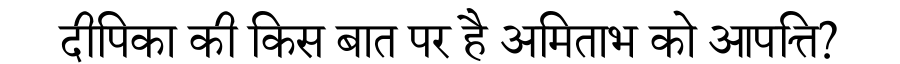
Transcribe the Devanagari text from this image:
दीपिका की किस बात पर है अमिताभ को आपत्ति?